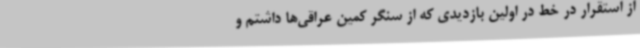
از استقرار در خط در اولین بازدیدی که از سنگر کمین عراقی‌ها داشتم و